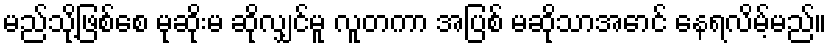
မည်သို့ဖြစ်စေ မုဆိုးမ ဆိုလျှင်မူ လူတကာ အပြစ် မဆိုသာအောင် နေရလိမ့်မည်။